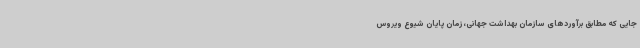
جایی که مطابق برآوردهای سازمان بهداشت جهانی، زمان پایان شیوع ویروس